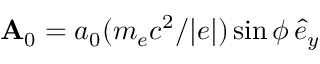
\mathbf { A } _ { 0 } = a _ { 0 } ( m _ { e } c ^ { 2 } / | e | ) \sin \phi \, \hat { e } _ { y }